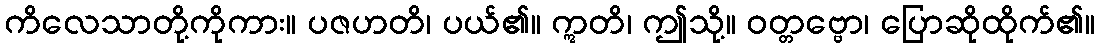
ကိလေသာတို့ကိုကား။ ပဇဟတိ၊ ပယ်၏။ ဣတိ၊ ဤသို့။ ဝတ္တဗ္ဗော၊ ပြောဆိုထိုက်၏။